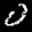
Label: 0